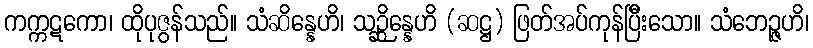
ကက္ကဋကော၊ ထိုပုဇွန်သည်။ သံဆိန္နေဟိ၊ သဉ္ဆိန္နေဟိ (ဆဋ္ဌ) ဖြတ်အပ်ကုန်ပြိီးသော။ သံဘေဉ္ဇဟိ၊